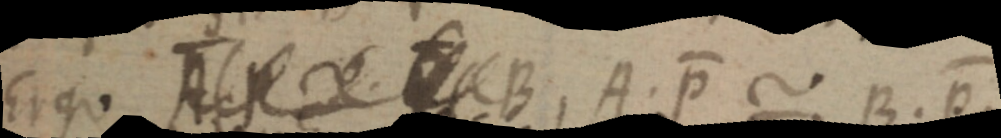
Ergo A _ B A. P ~ B. p.